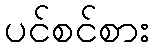
ပင်စင်စား